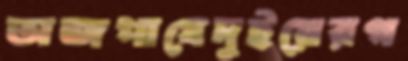
অজপাযেদুইয়েরগ